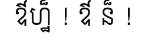
ឳហ្ឋ៏ ! ឳ ន៏ !